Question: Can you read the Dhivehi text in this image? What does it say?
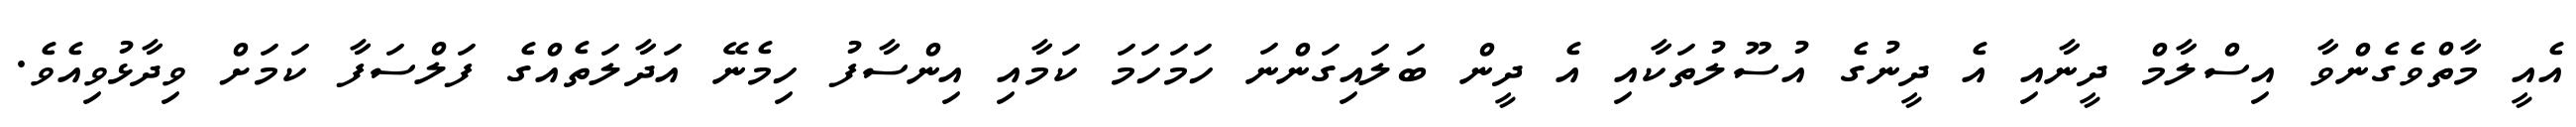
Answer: އެއީ މާތްވެގެންވާ އިސްލާމް ދީނާއި އެ ދީނުގެ އުސޫލުތަކާއި އެ ދީން ބަލައިގަންނަ ހަމަހަމަ ކަމާއި އިންސާފު ހިމެނޭ އަދާލަތެއްގެ ފަލްސަފާ ކަމަށް ވިދާޅުވިއެވެ.